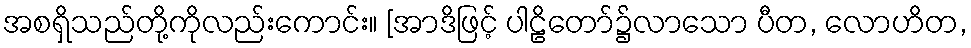
အစရှိသည်တို့ကိုလည်းကောင်း။ [အာဒိဖြင့် ပါဠိတော်၌လာသော ပီတ, လောဟိတ,